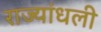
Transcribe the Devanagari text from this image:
राज्यांधली